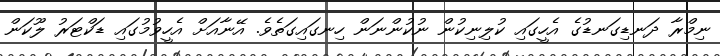
ނިމްރާ ދަނޑިގަނޑުގެ އެހީގައި ކުލިނިކުން ނުކުންނަން ހިނގައިގަތެވެ. އޭނާއަށް އެހީވުމުގައި ޑަކްޓަރު ލޫކަން